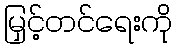
မြှင့်တင်ရေးကို